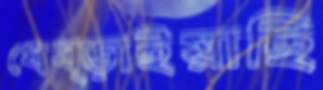
ধেব্‌ড়াইয়াছি